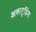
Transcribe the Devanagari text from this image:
अकार्डिंग